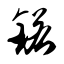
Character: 锘